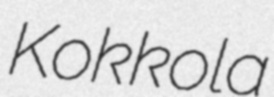
Kokkola